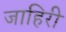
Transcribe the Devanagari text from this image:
जाहिरी